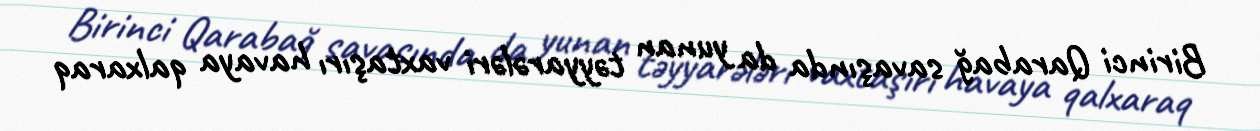
Birinci Qarabağ savaşında da yunan təyyarələri vaxtaşırı havaya qalxaraq